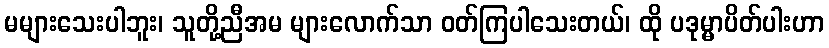
မများသေးပါဘူး၊ သူတို့ညီအမ များလောက်သာ ဝတ်ကြပါသေးတယ်၊ ထို ပဒုမ္မာပိတ်ပါးဟာ